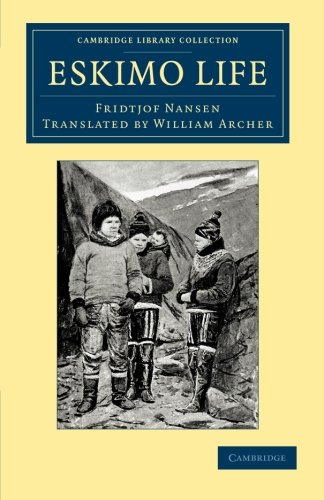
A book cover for Eskimo Life (Cambridge Library Collection - Polar Exploration); Fridtjof Nansen; History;